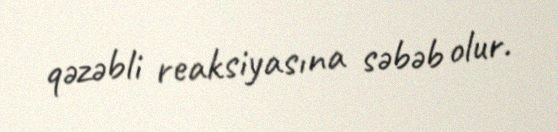
qəzəbli reaksiyasına səbəb olur.